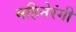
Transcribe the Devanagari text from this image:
महिनेरंगी